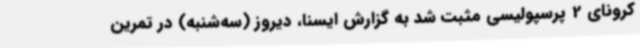
کرونای 2 پرسپولیسی‌ مثبت شد به گزارش ایسنا، دیروز (سه‌شنبه) در تمرین